Report on enteric fever
Disease focus: Fever
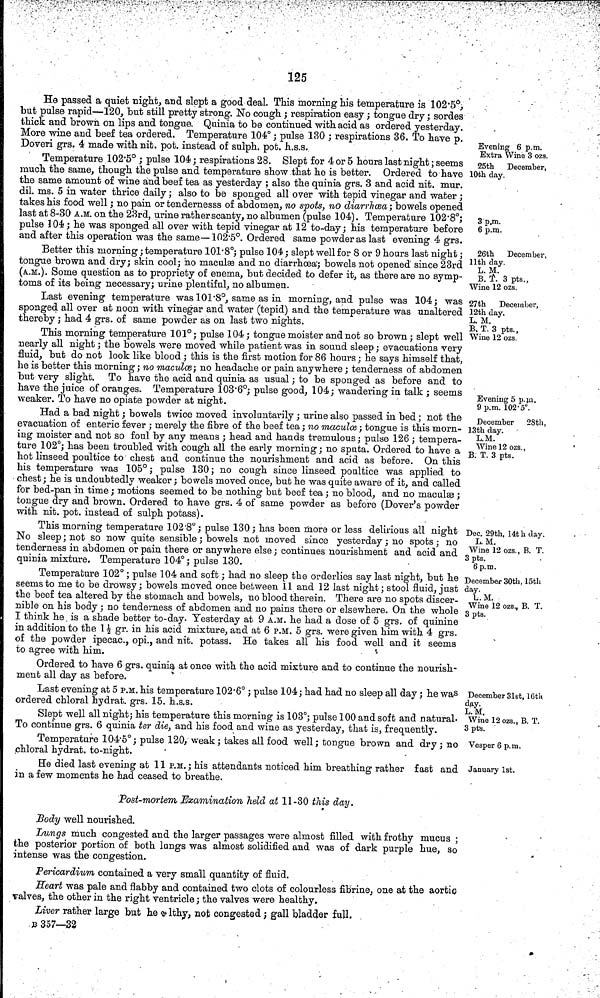
125
Evening 6 p.m.
Extra Wine 3 ozs.
25th
December,
10th day.
3 p.m.
6 p.m.
He passed a quiet night, and slept a good deal. This morning his temperature is 102 5°,
but pulse rapid—120, but still pretty strong. No cough ; respiration easy ; tongue dry; sordes
thick and brown on lips and tongue. Quinia to be continued with acid as ordered yesterday.
More wine and beef tea ordered. Temperature 104°; pulse 130 ; respirations 36. To have p.
Doveri grs. 4 made with nit. pot. instead of sulph. pot. h.s.s.
Temperature 102 5° ; pulse 104; respirations 28. Slept for 4 or 5 hours last night; seems
much the same, though the pulse and temperature show that he is better. Ordered to have
the same amount of wine and beef tea as yesterday ; also the quinia grs. 3 and acid nit. mur.
dil. ms. 5 in water thrice daily; also to be sponged all over with tepid vinegar and water ;
takes his food well; no pain or tendernesss of abdomen, no spots, no diarrhœa; bowels opened
last at 8 30 A.M. on the 23rd, urine rather scanty, no albumen (pulse 104). Temperature 102 8°;
pulse 104; he was sponged all over with tepid vinegar at 12 to day; his temperature before
and after this operation was the same— 102 5°. Ordered same powder as last evening 4 grs.
26th December,
11th day.
L. M.
B. T. 3 pts.,
Wine 12 ozs.
Better this morning; temperature 101 8°; pulse 104; slept well for 8 or 9 hours last night;
tongue brown and dry; skin cool; no maculss and no diarrhoea; bowels not opened since 23rd
(A.M.). Some question as to propriety of enema, but decided to defer it, as there are no symp-
toms of its being necessary; urine plentiful, no albumen.
27th December,
12th day.
L. M.
B, T. 3 pts.,
Wine 12 ozs
Last evening temperature was 101 8°, same as in morning, and pulse was 104; was
sponged all over at noon with vinegar and water (tepid) and the temperature was unaltered
thereby; had 4 grs. of same powder as on last two nights.
This morning temperature 101°; pulse 104 ; tongue moister and not so brown; slept well
nearly all night; the bowels were moved while patient was in sound sleep; evacuations very
fluid, but do not look like blood ; this is the first motion for 86 hours; he says himself that,
he is better this morning; no maculœ; no headache or pain anywhere; tenderness of abdomen
but very slight. To have the acid and quinia as usual; to be sponged as before and to
have the juice of oranges. Temperature 103 6°; pulse good, 104; wandering in talk ; seems
weaker. To have no opiate powder at night.
Evening 5 p m.
9 p.m. 102 5°.
December
28th,
13th day.
L.M.
Wine 12 ozs.,
B. T. 3 pts.
Had a bad night; bowels twice moved involuntarily ; urine also passed in bed ; not the
evacuation of enteric fever ; merely the fibre of the beef tea; no maculœ; tongue is this morn-
ing moister and not so foul by any means ; head and hands tremulous; pulse 126 ; tempera-
ture 102°; has been troubled with cough all the early morning; no sputa. Ordered to have a
hot linseed poultice to chest and continue the nourishment and acid as before. On this
his temperature was 105°; pulse 130; no cough since linseed poultice was applied to
chest; he is undoubtedly weaker; bowels moved once, but he was quite aware of it, and called
for bed pan in time; motions seemed to be nothing but beef tea; no blood, and no maculæ;
tongue dry and brown. Ordered to have grs. 4 of same powder as before (Dover's powder
with nit. pot. instead of sulph potass).
Dec, 29th, 14th day.
L. M.
Wine 12 ozs., B. T.
3 pts.
6p.m.
This morning temperature 102 8°; pulse 130; has been more or less delirious all night
No sleep; not so now quite sensible; bowels not moved since yesterday; no spots; no
tenderness in abdomen or pain there or anywhere else; continues nourishment and acid and
quinia mixture. Temperature 104°; pulse 130.
December 30th, 15th
day.
L.M.
Wine 12 ozs., B. T.
3 pts.
Temperature 102°; pulse 104 and soft; had no sleep the orderlies say last night, but he
seems to me to be drowsy; bowels moved once between 11 and 12 last night; stool fluid, just
the beef tea altered by the stomach and bowels, no blood therein. There are no spots discer-
nible on his body; no tenderness of abdomen and no pains there or elsewhere. On the whole
I think he is a shade better to day. Yesterday at 9 A.M. he had a dose of 5 grs. of quinine
in addition to the 1½ gr. in his acid mixture, and at 6 P.M. 5 grs. were given him with 4 grs.
of the powder ipecac., opi., and nit. potass. He takes all his food well and it seems
to agree with him.
Ordered to have 6 grs. quinia at once with the acid mixture and to continue the nourish-
ment all day as before.
December 31st, 16tk
day.
L.M.
Wme 12 ozs., B. T.
3 pts.
Vesper 6 p.m.
January 1st.
Last evening at 5 P.M. his temperature 102 6°; pulse 104; had had no sleep all day; he was
ordered chloral hydrat. grs. 15. h.s.s.
Slept well all night; his temperature this morning is 103°; pulse 100 and soft and natural
To continue grs. 6 quinia ter die, and his food and wine as yesterday, that is, frequently.
Temperature 104 5°; pulse 120, weak; takes all food well; tongue brown and dry; no
chloral hydrat. to night.
He died last evening at 11 P.M. ; his attendants noticed him breathing rather fast and
in a few moments he had ceased to breathe.
Post mortem Examination held at 11 30 this day.
Body well nourished.
Lungs much congested and the larger passages were almost filled with frothy mucus ;
the posterior portion of both lungs was almost solidified and was of dark purple hue, so
intense was the congestion.
Pericardium contained a very small quantity of fluid.
Heart was pale and flabby and contained two clots of colourless fibrine, one at the aortic
valves, the other in the right ventricle; the valves were healthy,
Liver rather large but he \?\lthy, not congested; gall bladder full,
B 357—32